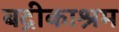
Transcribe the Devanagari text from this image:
बद्रीकाश्रम